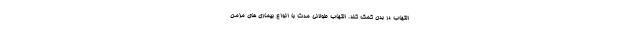
التهاب در بدن کمک کند. التهاب طولانی مدت با انواع بیماری های مزمن